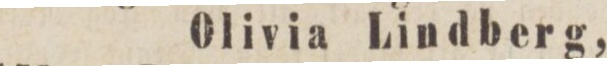
Olivia Lindberg,